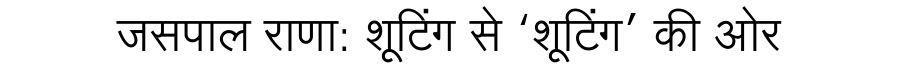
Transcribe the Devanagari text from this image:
जसपाल राणा: शूटिंग से ‘शूटिंग’ की ओर